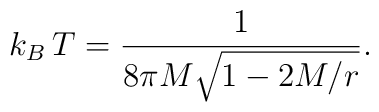
k_B\, T = {1 \over 8 \pi M \sqrt{1 - 2M/r}} .